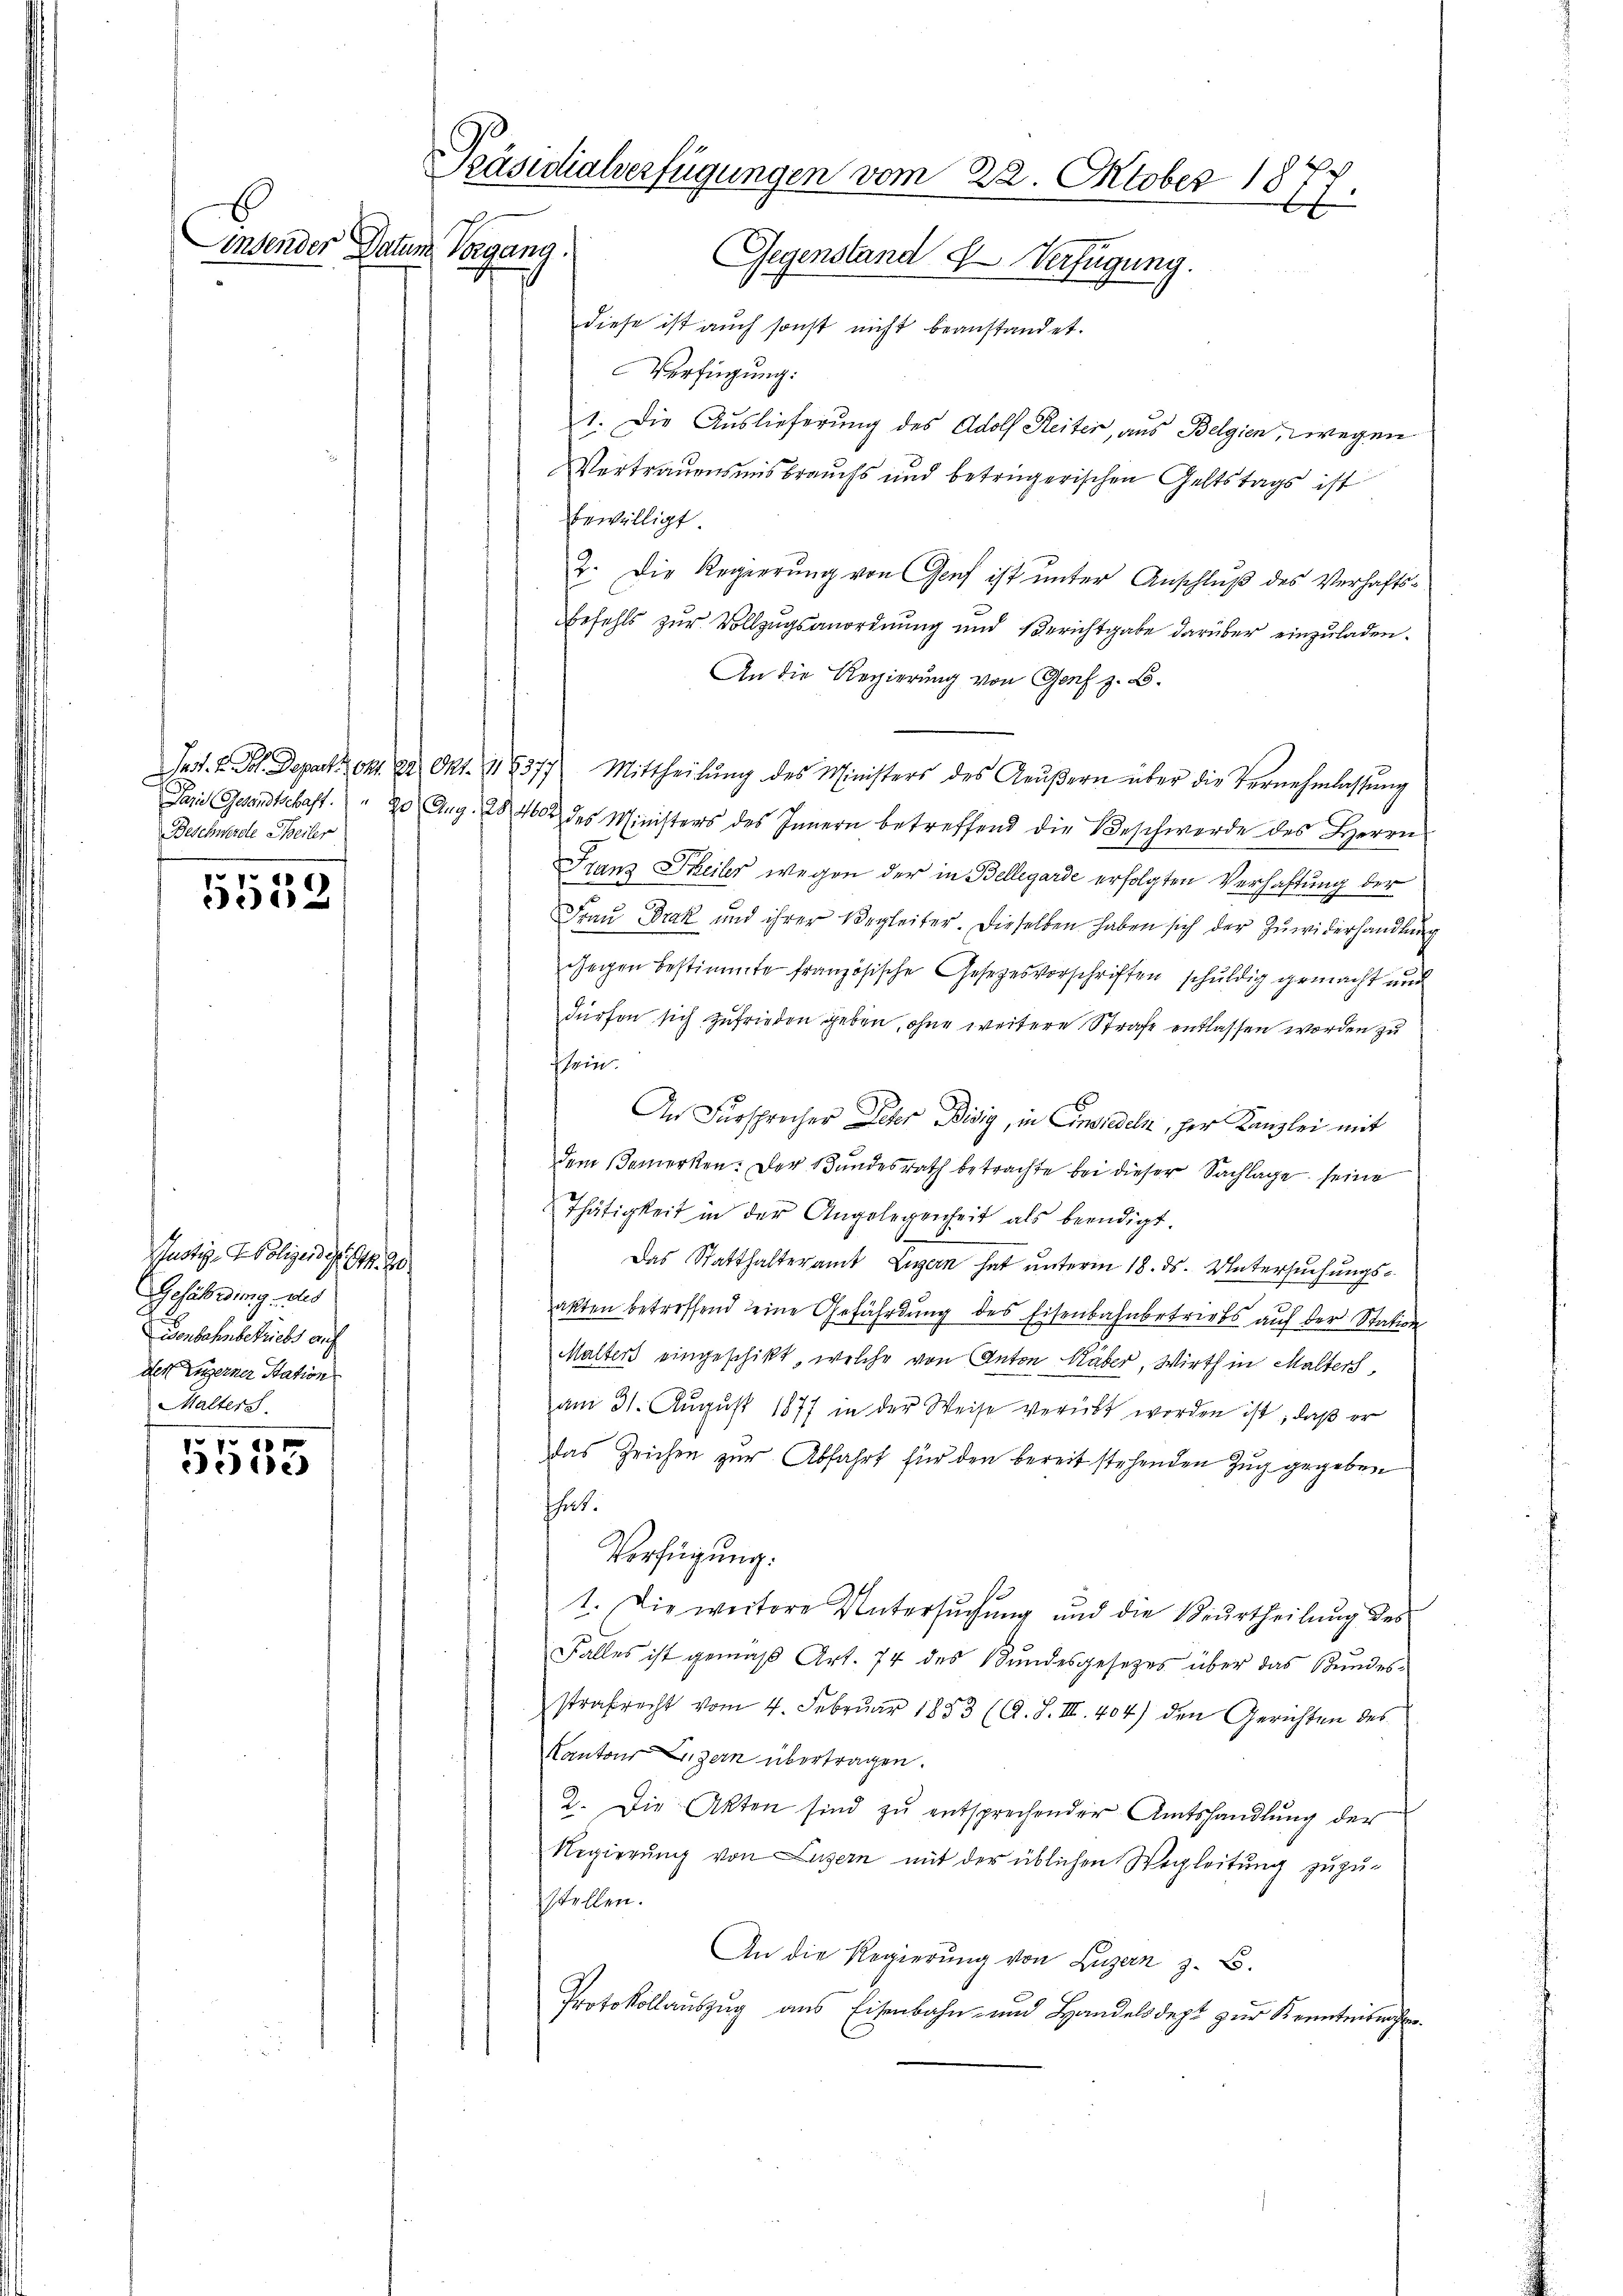
E
Linsender Datum

Beschwerde Theiler

5552

Rustiz- & Polizen d. 14. 20
Gefälligung des
isenbahnbetriebs auf
der Engerner Station
Malter

40 x
Beide

Präsidialverfügungen vom 22. Oktober 1877.
Vorgang. Gegenstand 4 Verfügung.
diese ist auch sonst nicht beanstandet.

Verfügung:
1. Die Auslieferung des Adolf Reiter, aus Belgien, wegen
Vertrauensmisbrauchs und betrügerischen Geltstags ist
bewilligt.
2. Die Regierung von Genf ist unter Anschluß des Verhaftsbefehls zur Vollzugsanordnung und Berichtgabe darüber einzuladen.
An die Regierung von Genf z. B.
Jast. u. Joh. Depart. 21. 22. Okt. 18577 Mittheilŭng des Ministers des Aeŭβern über die Vernehmlassŭng
Pasie Gesandtschaft. " 20 Aug. 284602 des Ministers des Innern betreffend die Beschwerde des Herrn
Franz Theiler wegen der in Bellegarde erfolgten Verhaftung der
Fraŭ Drak und ihrer Begleiter. Dieselben haben sich der Zuwiderhandlung
Gegen bestimmte französische Gesetzesvorschriften schuldig gemacht und
dürfen sich zufrieden geben, ohne weitere Strafe entlassen worden zu
sein.
An Fürsprecher Peter Bisig, in Einsiedeln, her Kanzlei mit
dem Bemerken: Der Bundesrath betrachte bei dieser Sachlage seine
Thätigkeit in der Angelegenheit als beendigt.
Das Statthalteramt Luzern hat unterm 18. ds. Untersuchungsakten betreffend eine Gefährdung des Eisenbahnbetriebs auf der Station
Malters eingeschikt, welche von Anton Kaber, Wirth in Malters,
am 31. August 1877 in der Weise verübt werden ist, daß er
das Zeichen zur Abfahrt für den bereit stehenden Zug gegeben
thut.
Verfügung:
1. Die weitere Untersŭchŭng und die Veŭrtheilŭng des
Falles ist gemäβ Art. 74 des Bŭndesgesetzes über das Bŭndes-
strafrecht vom 4. Februar 1853 (C. S. III. 404) den Gerichten des
Kantons Luzern übertragen.
2. Die Akten sind zŭ entsprechender Amtshandlung der
Regierung von Luzern mit der üblichen Wegleitung zuzustellen.
An die Regierung von Luzern z. B.
Protokollauszug aus Eisenbahn- und Handelsdept zur Kenntnisnahme